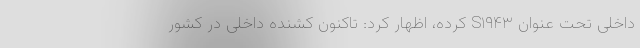
داخلی تحت عنوان S۱۹۴۳ کرده، اظهار کرد: تاکنون کشنده داخلی در کشور